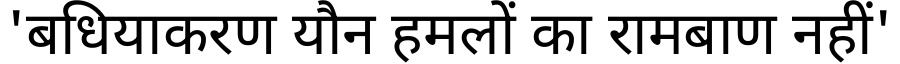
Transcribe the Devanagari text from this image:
'बधियाकरण यौन हमलों का रामबाण नहीं'